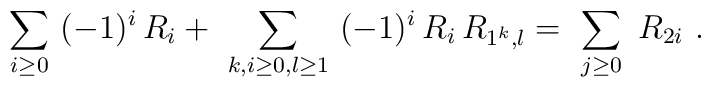
\sum_{i\geq 0} \ (-1)^i \, R_{i}+\ \sum_{k,i\geq 0,l\geq 1} \ (-1)^i \, R_i \, R_{1^k,l}=\ \sum_{j\geq 0} \ R_{2i} \ .